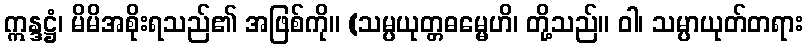
ဣန္ဒဋ္ဌံ၊ မိမိအစိုးရသည်၏ အဖြစ်ကို။ (သမ္ပယုတ္တဓမ္မေဟိ၊ တို့သည်။ ဝါ၊ သမ္ပာယုတ်တရား